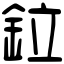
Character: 鉝